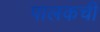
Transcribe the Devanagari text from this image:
पालकची